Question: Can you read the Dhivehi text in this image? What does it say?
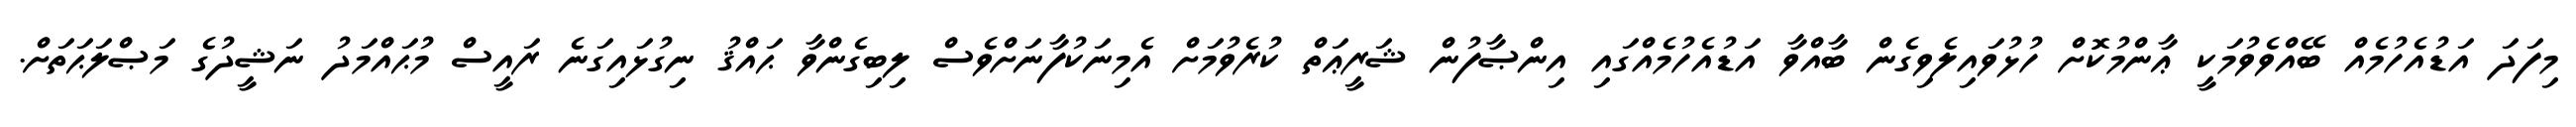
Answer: މިފަދަ އަޑުއެހުމެއް ބޭއްވެވުމަކީ ޢާންމުކޮށް ހުޅުވައިލެވިގެން ބާއްވާ އަޑުއެހުމެއްގައި އިންޞާފުން ޝަރީޢަތް ކުރެވުމަށް އެމިނަކުފާނަށްވެސް ލިބިގެންވާ ޙައްޤު ނިގުޅައިގަނެ ރައީސް މުޙައްމަދު ނަޝީދުގެ މަޞްލަޙަތަށް.